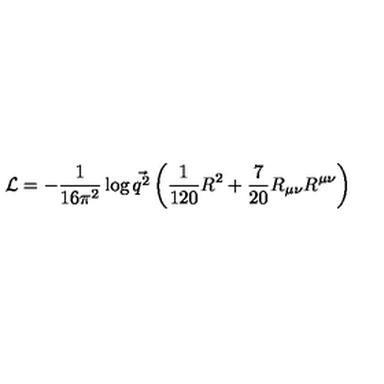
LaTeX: { \cal L } = - { \frac { 1 } { 1 6 \pi ^ { 2 } } } \log \vec { q ^ { 2 } } \left( { \frac { 1 } { 1 2 0 } } R ^ { 2 } + { \frac { 7 } { 2 0 } } R _ { \mu \nu } R ^ { \mu \nu } \right)